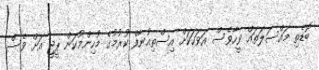
ބޮޑެތި މައްސަލަތައް ވީހާވެސް އަވަހަކަށް އިސްތިއުނާފް ކުރުމުގެ މުހިންމުކަން ޕީޖީ އަށް ވެސް